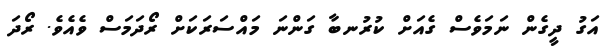
އަގު ދީގެން ނަމަވެސް ގެއަށް ކުރުނބާ ގަންނަ މައްސަރަކަށް ރޯދަމަސް ވެއެވެ. ރޯދަ